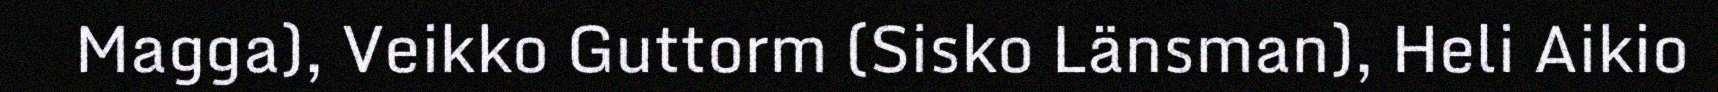
Magga), Veikko Guttorm (Sisko Länsman), Heli Aikio